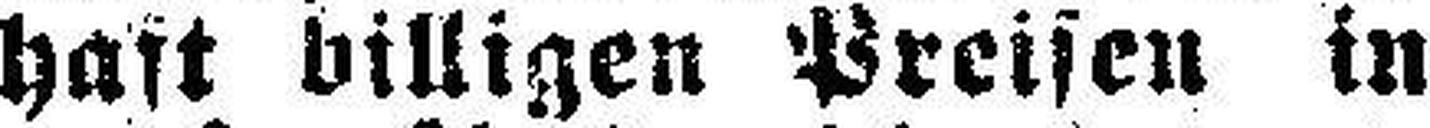
haft billigen Preisen in